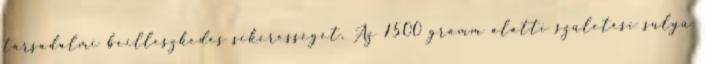
társadalmi beilleszkedés sikerességét. Az 1500 gramm alatti születési súlyú